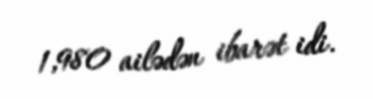
1,980 ailədən ibarət idi.